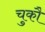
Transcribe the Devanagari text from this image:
चुकौ